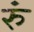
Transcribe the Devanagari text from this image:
रुं